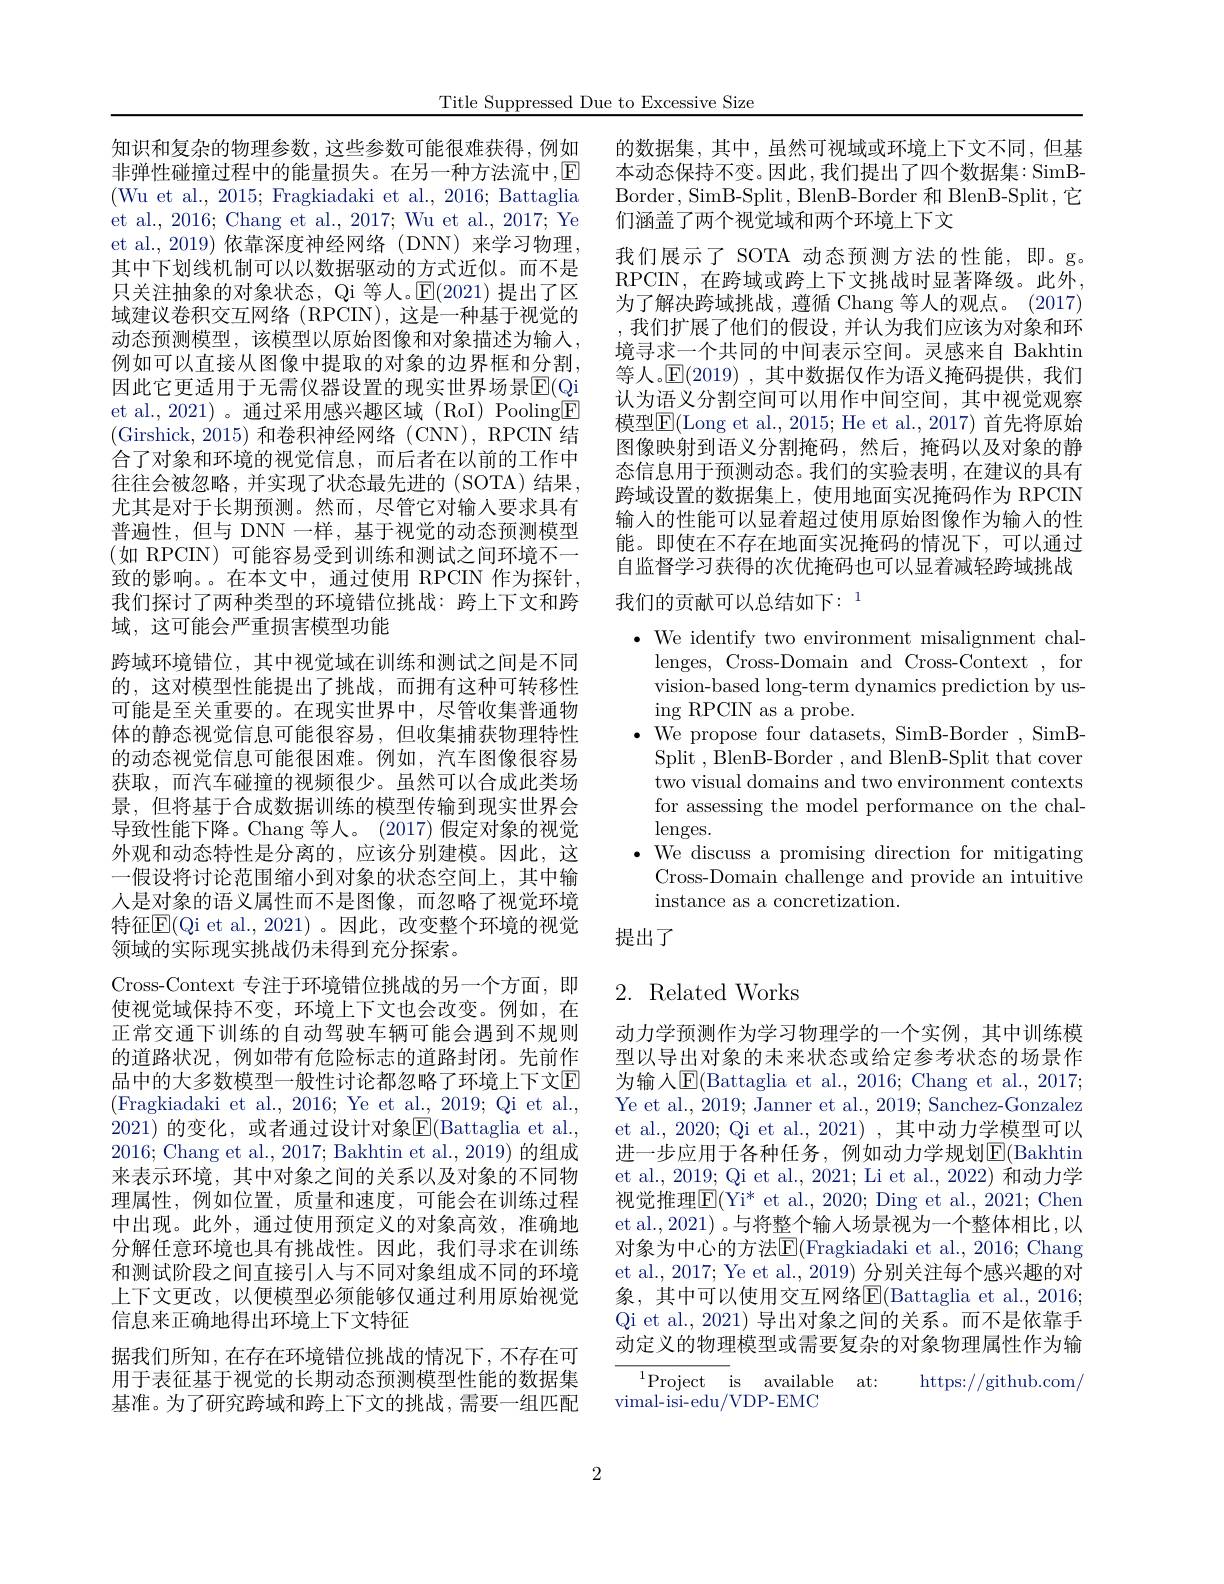
Title Suppressed Due to Excessive Size

知识和复杂的物理参数，这些参数可能很难获得，例如非弹性碰撞过程中的能量损失。在另一种方法流中，$\mathbb{E}$ (Wu et al., 2015; Fragkiadaki et al., 2016; Battaglia et al., 2016; Chang et al., 2017; Wu et al., 2017; Ye et al.,2019) 依靠深度神经网络 (DNN) 来学习物理， 其中下划线机制可以以数据驱动的方式近似。而不是只关注抽象的对象状态，Qi 等人。$\mathbb{E}(2021)$提出了区域建议卷积交互网络 (RPCIN), 这是一种基于视觉的动态预测模型，该模型以原始图像和对象描述为输人， 例如可以直接从图像中提取的对象的边界框和分割， 因此它更适用于无需仪器设置的现实世界场景$\boxed{\mathrm{E}}(\underline{\mathrm{Qi}}$ et al., 2021) 。通过采用感兴趣区域 (RoI) Pooling$\boxed{\mathrm{F}}$ (Girshick, 2015)和卷积神经网络(CNN),RPCIN 结合了对象和环境的视觉信息，而后者在以前的工作中往往会被忽略，并实现了状态最先进的(SOTA)结果， 尤其是对于长期预测。然而，尽管它对输入要求具有普遍性，但与 DNN一样，基于视觉的动态预测模型(如 RPCIN)可能容易受到训练和测试之间环境不一致的影响。。在本文中，通过使用 RPCIN 作为探针， 我们探讨了两种类型的环境错位挑战：跨上下文和跨域，这可能会严重损害模型功能
跨域环境错位，其中视觉域在训练和测试之间是不同的，这对模型性能提出了挑战，而拥有这种可转移性可能是至关重要的。在现实世界中，尽管收集普通物体的静态视觉信息可能很容易，但收集捕获物理特性的动态视觉信息可能很困难。例如，汽车图像很容易获取，而汽车碰撞的视频很少。虽然可以合成此类场景，但将基于合成数据训练的模型传输到现实世界会导致性能下降。Chang 等人。(2017)假定对象的视觉外观和动态特性是分离的，应该分别建模。因此，这一假设将讨论范围缩小到对象的状态空间上，其中输人是对象的语义属性而不是图像，而忽略了视觉环境特征E(Qi et al.,2021)。因此，改变整个环境的视觉领域的实际现实挑战仍未得到充分探索。
Cross-Context 专注于环境错位挑战的另一个方面，即使视觉域保持不变，环境上下文也会改变。例如，在正常交通下训练的自动驾驶车辆可能会遇到不规则的道路状况，例如带有危险标志的道路封闭。先前作品中的大多数模型一般性讨论都忽略了环境上下文$\mathbb{E}$ (Fragkiadaki et al., 2016; Ye et al., 2019; Qi et al., 2021) 的变化，或者通过设计对象$\underline{\mathrm{E}}($Battaglia et al., 2016; Chang et al., 2017; Bakhtin et al., 2019) 的组成来表示环境，其中对象之间的关系以及对象的不同物理属性，例如位置，质量和速度，可能会在训练过程中出现。此外，通过使用预定义的对象高效，准确地分解任意环境也具有挑战性。因此，我们寻求在训练和测试阶段之间直接引入与不同对象组成不同的环境上下文更改，以便模型必须能够仅通过利用原始视觉信息来正确地得出环境上下文特征
据我们所知，在存在环境错位挑战的情况下，不存在可用于表征基于视觉的长期动态预测模型性能的数据集基准。为了研究跨域和跨上下文的挑战，需要一组匹配

的数据集，其中，虽然可视域或环境上下文不同，但基本动态保持不变。因此，我们提出了四个数据集：SimBBorder, SimB-Split, BlenB-Border 和 BlenB-Split, 它们涵盖了两个视觉域和两个环境上下文
我们展示了 SOTA 动态预测方法的性能，即。g。RPCIN,在跨域或跨上下文挑战时显著降级。此外， 为了解决跨域挑战，遵循 Chang 等人的观点。(2017) ,我们扩展了他们的假设，并认为我们应该为对象和环境寻求一个共同的中间表示空间。灵感来自 Bakhtin 等人。$\mathbb{E}(2019)$ ,其中数据仅作为语义掩码提供，我们认为语义分割空间可以用作中间空间，其中视觉观察模型$\boxed{\mathbb{F}}($Long et al., 2015; He et al., 2017) 首先将原始图像映射到语义分割掩码，然后，掩码以及对象的静态信息用于预测动态。我们的实验表明，在建议的具有跨域设置的数据集上，使用地面实况掩码作为 RPCIN 输入的性能可以显着超过使用原始图像作为输入的性能。即使在不存在地面实况掩码的情况下，可以通过自监督学习获得的次优掩码也可以显着减轻跨域挑战

我们的贡献可以总结如下：$^{1}$

$\bullet$ We identify two environment misalignment chal-
lenges, Cross-Domain and Cross-Context ,for vision-based long-term dynamics prediction by using RPCIN as a probe.
$\bullet$ We propose four datasets, SimB-Border ,SimB-
Split , BlenB-Border , and BlenB-Split that cover two visual domains and two environment contexts for assessing the model performance on the chal- $\operatorname{lenges.}$
$\bullet$ We discuss a promising direction for mitigating
Cross-Domain challenge and provide an intuitive
instance as a concretization.
提出了

## 2. Related Works

动力学预测作为学习物理学的一个实例，其中训练模型以导出对象的末来状态或给定参考状态的场景作为输入$\mathsf{E}($Battaglia et al., 2016; Chang et al., 2017; Ye et al., 2019; Janner et al., 2019; Sanchez-Gonzalez et al., 2020; Qi et al., 2021) , 其中动力学模型可以进一步应用于各种任务，例如动力学规划$\mathbb{E}($Bakhtin et al., 2019; Qi et al., 2021; Li et al., 2022) 和动力学视觉推理$\boxed{\mathrm{E}}($Yi* et al., 2020; Ding et al., 2021; Chen et al., 2021) 。与将整个输入场景视为一个整体相比，以对象为中心的方法$\overline{\mathrm{E}}($Fragkiadaki et al., 2016; Chang et al., 2017; Ye et al., 2019) 分别关注每个感兴趣的对象，其中可以使用交互网络E(Battaglia et al.,2016; Qi et al., 2021) 导出对象之间的关系。而不是依靠手动定义的物理模型或需要复杂的对象物理属性作为输

$^{1}$Project is available at:
https://github.com/
vimal-isi-edu/VDP-EMC

2